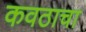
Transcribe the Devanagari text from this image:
कवठाचा